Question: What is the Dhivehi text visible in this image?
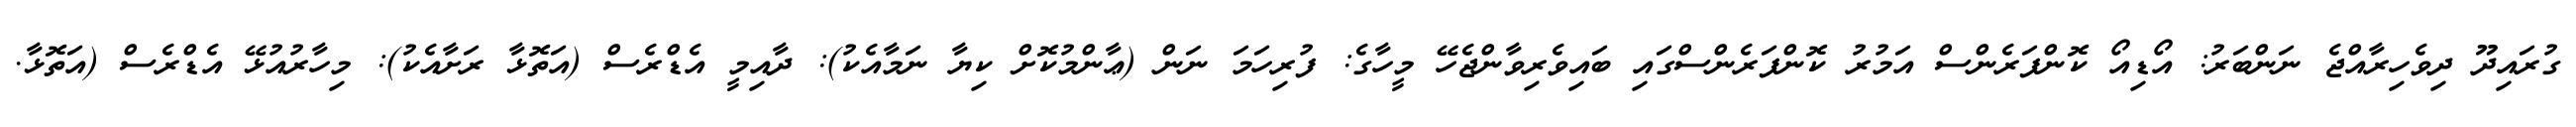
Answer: ގުރައިދޫ ދިވެހިރާއްޖެ ނަންބަރު: އޯޑިއޯ ކޮންފަރެންސް އަމުރު ކޮންފަރެންސްގައި ބައިވެރިވާންޖެހޭ މީހާގެ: ފުރިހަމަ ނަން (ޢާންމުކޮށް ކިޔާ ނަމާއެކު): ދާއިމީ އެޑްރެސް (އަތޮޅާ ރަށާއެކު): މިހާރުއުޅޭ އެޑްރެސް (އަތޮޅާ.